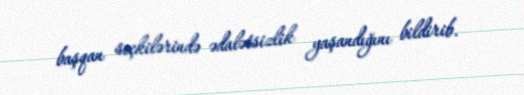
başqan seçkilərində ədalətsizlik yaşandığını bildirib.